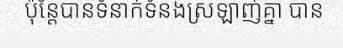
ប៉ុន្តែបានទំនាក់ទំនងស្រឡាញ់គ្នា បាន